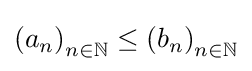
\left(a_{n}\right)_{n\in \mathbb {N} }\leq \left(b_{n}\right)_{n\in \mathbb {N} }